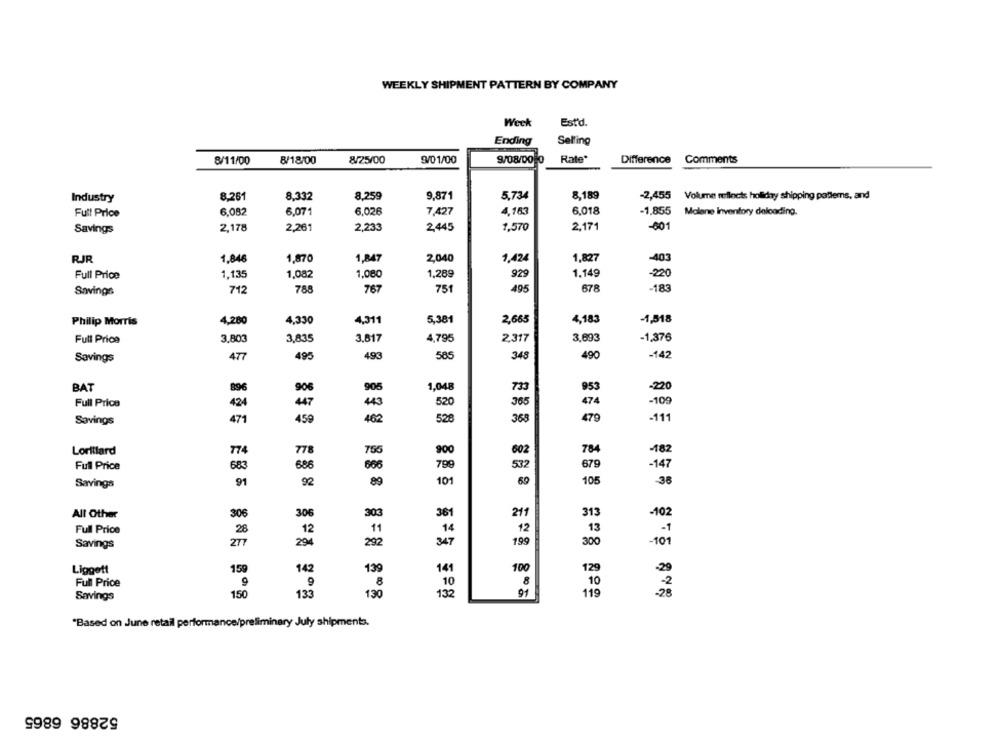
WEEKLY SHIPMENT PATTERN BY COMPANY
Week
Est'd.
Ending
Selling
8/11/00
8/18/00
8/25/00
9/01/00
9/08/00 0
Rate
Difference
Comments
Industry
8.261
8,332
8,259
9,871
5,734
8,189
-2,455 Volume reflects holiday shipping patterns, and
Full Price
6.082
6,071
6.026
7,427
4.163
6,018
-1,855 Malene Inventory deloading.
Savings
2,178
2,261
2,233
2,445
1,570
2,171
-601
RJR
1,846
1,870
1,847
2,040
1,424
1,827
-403
Full Price
1.135
1,080
1,289
1.149
-220
1,082
929
712
788
767
751
495
678
-183
Savings
2,665
4,183
-1,518
Philip Morris
4,280
4,330
4,311
5,381
Full Price
3,803
3,835
3,817
4,795
2,317
3.693
-1,376
477
495
493
585
348
490
-142
Savings
BAT
896
908
905
1,048
733
953
-220
474
Full Price
424
47
43
520
365
-109
Savings
471
459
462
528
368
479
-111
Lorillard
74
778
755
800
602
784
-182
Full Price
683
686
666
799
532
679
-147
91
101
69
105
Savings
92
89
All Other
306
306
303
361
211
313
-102
Full Price
28
12
11
14
12
13
- 1
199
-101
Savings
277
294
292
347
300
Liggott
159
139
141
100
129
142
Full Price
8
10
8
10
150
132
91
119
Savings
133
130
"Based on June retail performance/preliminary July shipments.
52886 6865